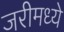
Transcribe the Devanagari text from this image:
जरीमध्ये